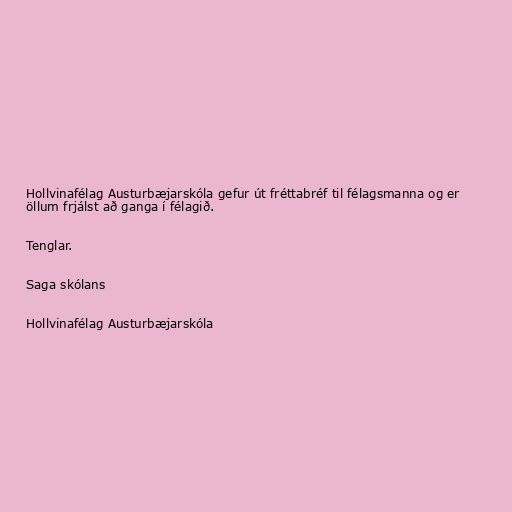
Hollvinafélag Austurbæjarskóla gefur út fréttabréf til félagsmanna og er
öllum frjálst að ganga í félagið.

Tenglar.

Saga skólans

Hollvinafélag Austurbæjarskóla